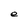
Character: e